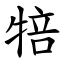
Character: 犃